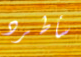
سأطرد